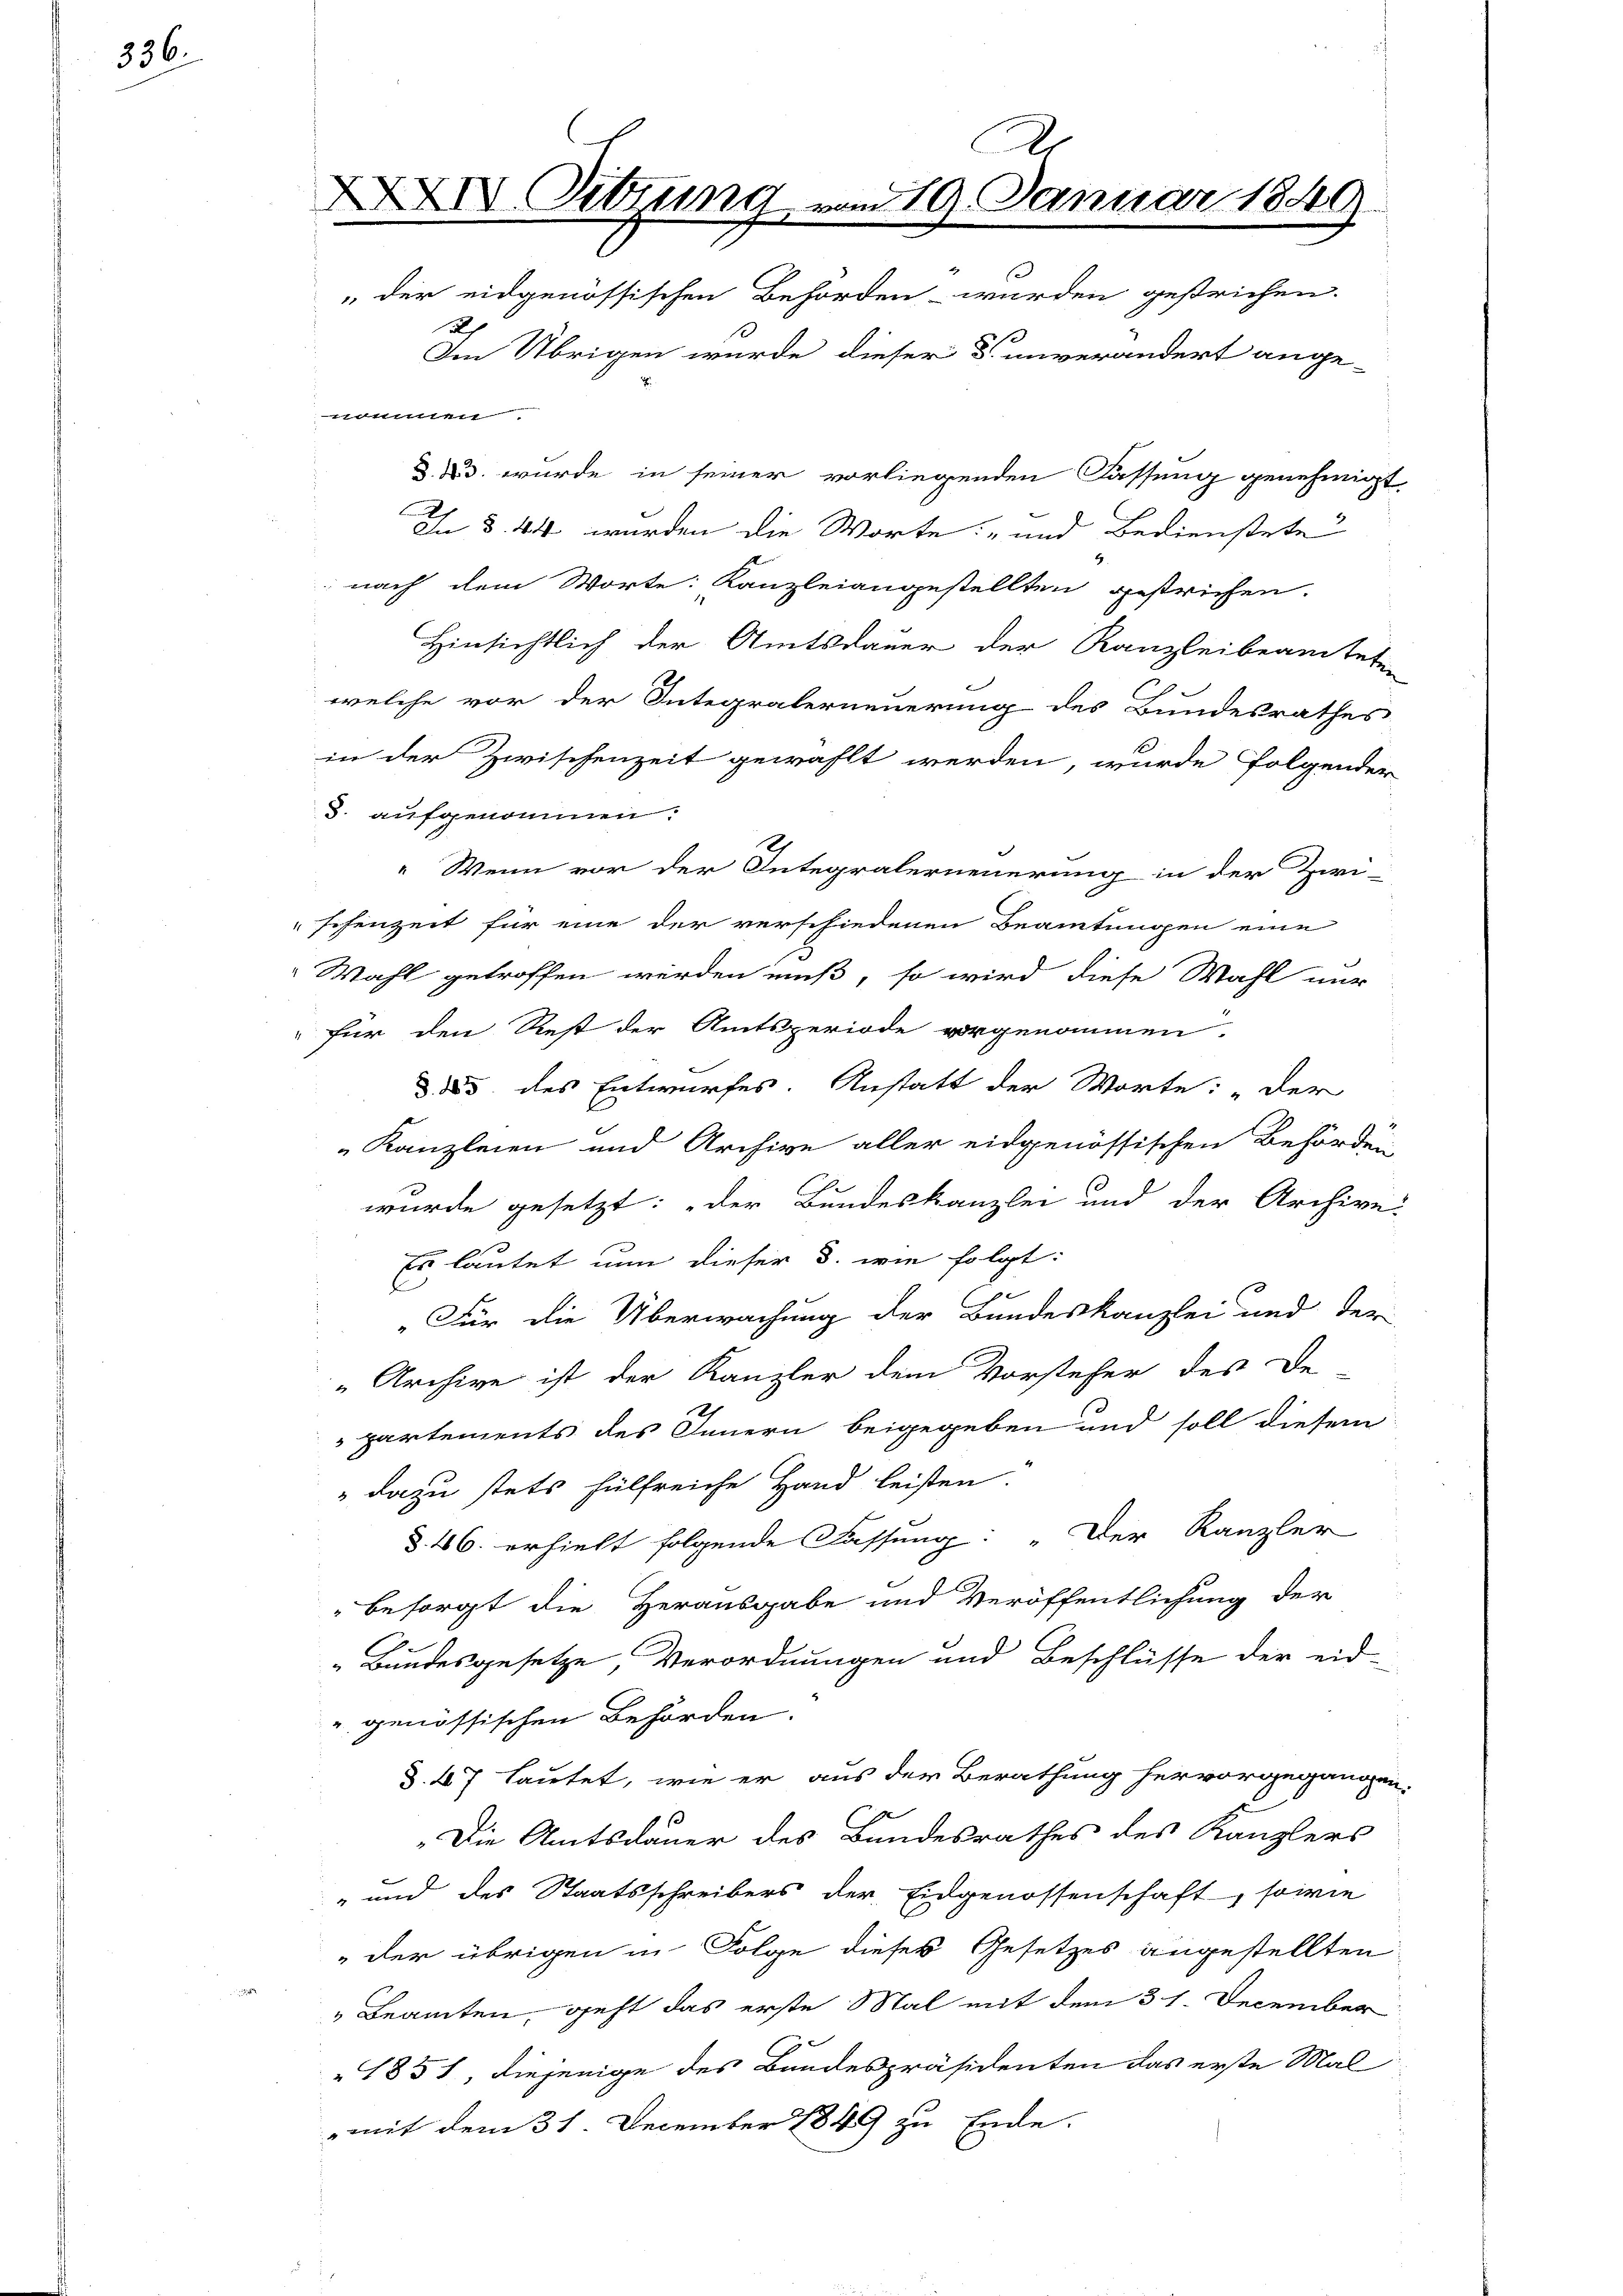
336.

A
XXIV. Sitzung vom 19. Januar 184
der eidgenössischen Behörden wurden gestrichen.
2

Im Übrigen wurde dieser S. unverändert ange-

nommen
D. u. wurde in seiner vorliegenden Fassung genehmigt,
I. §. 44 wurden die Worte: „und Bedienstete
nach dem Worte: Kanzleiangestellten gestrichen.
Hinsichtlich der Amtsdauer der Kanzleibeamteten
welche vor der Integralerneuerung des Bundesrathes
in der Zwischenzeit gewählt werden, wurde folgender
5. aufgenommen.
Wenn vor der Integralerneuerung in der Zivi-
"schenzeit für eine der verschiedenen Beamtungen eine
Wahl getroffen werden muß, so wird diese Wahl nur
für den Rest der Amtsperiode vorgenommen,
§. 385 des Entwurfes. Anstatt der Worte: „Der
Kanzleien und Archive aller eidgenössischen Behörden
wurde gesetzt: „Der Bundeskanzlei und der Archive
Es lautet nun dieser §. wie folgt:
„Für die Überwachung der Bundeskanzlei und der
„Archive ist der Kanzler dem Vorsteher des De-
partements des Innern beigegeben und soll diesem
dazu stets hülfreiche Hand leisten.
§ 46. erhielt folgende Fassung: „Der Kanzler
besorgt die Herausgabe und Veröffentlichung der
Bundesgesetze, Verordnungen und Beschlüsse der eid-
" genössischen Behörden.
§. 47 lautet, wie er aus der Berathung hervorgegangen
„Die Amtsdauer des Bundesrathes des Kanzlers
" und des Staatsschreibers der Eidgenossenschaft, sowie
" der übrigen in Folge dieses Gesetzes angestellten
Beamten, geht das erste Mal mit dem 31. December
1851, diejenige des Bundespräsidenten das erste Mal
mit dem 31. December 1849 zu Ende.

u